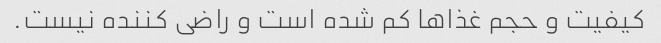
کیفیت و حجم غذا‌ها کم شده است و راضی کننده نیست.